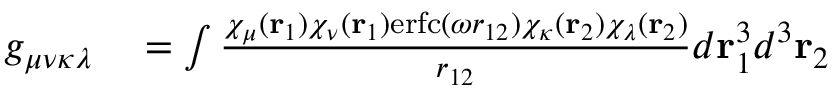
\begin{array} { r l } { g _ { \mu \nu \kappa \lambda } } & { { } = \int \frac { \chi _ { \mu } ( \mathbf { r } _ { 1 } ) \chi _ { \nu } ( \mathbf { r } _ { 1 } ) \mathrm { e r f c } ( \omega r _ { 1 2 } ) \chi _ { \kappa } ( \mathbf { r } _ { 2 } ) \chi _ { \lambda } ( \mathbf { r } _ { 2 } ) } { r _ { 1 2 } } d \mathbf { r } _ { 1 } ^ { 3 } d ^ { 3 } \mathbf { r } _ { 2 } } \end{array}